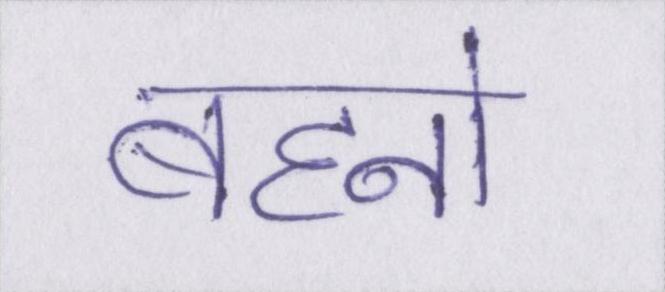
बहनो